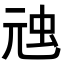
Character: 𮓸